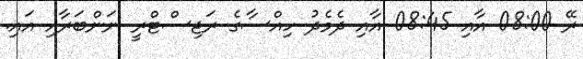
ރޭ 08:00 އާއި 08:45 އާއި ދެމެދު ހިއްސާގެ ރަޖިސްޓްރީ ނަންބަރާއި އައި.